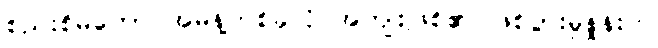
စည်းစိမ်တော် အမိန့်တစ်ခုလို အကျိုးဖြစ်၏ ဖြစ်ပွားမှုနှုန်းက